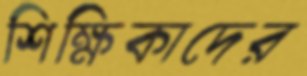
শিক্ষিকাদের